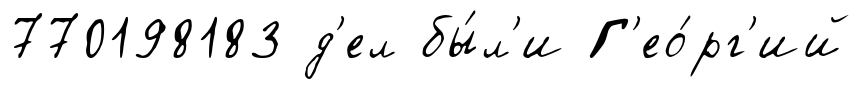
770198183 д'ел бы́л'и Г'ео́рг'ий